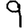
Digit: 9